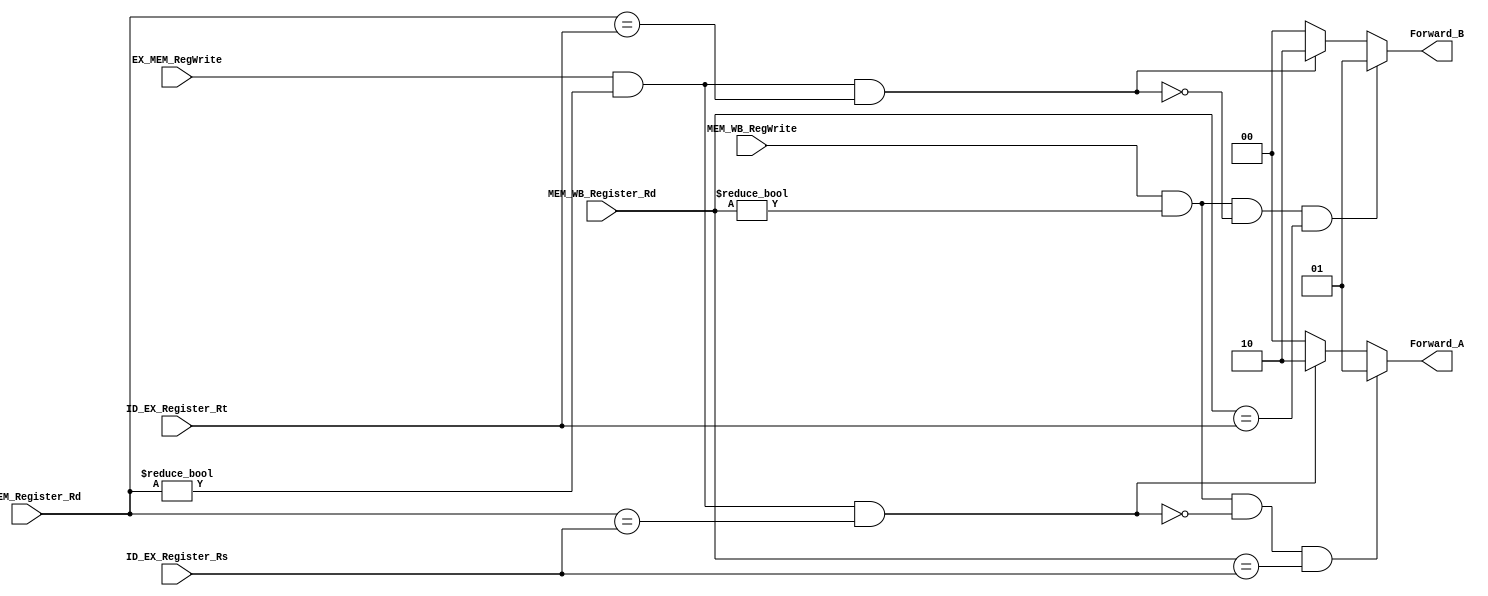
//Subject:		CO project 5 - Forwarding_Unit
//--------------------------------------------------------------------------------
//Version:		1
//--------------------------------------------------------------------------------
//Writer:		0210022 , 0210029 
//----------------------------------------------
//Date:
//----------------------------------------------
//Description:
//--------------------------------------------------------------------------------

module Forwarding_Unit(
    ID_EX_Register_Rs,
    ID_EX_Register_Rt,
    EX_MEM_Register_Rd,
    EX_MEM_RegWrite,
    MEM_WB_Register_Rd,
    MEM_WB_RegWrite,
    Forward_A,
    Forward_B
    );

//I/O ports
input	[5-1:0] ID_EX_Register_Rs;
input	[5-1:0] ID_EX_Register_Rt;
input	[5-1:0] EX_MEM_Register_Rd;
input	[5-1:0] MEM_WB_Register_Rd;
input 	EX_MEM_RegWrite;
input 	MEM_WB_RegWrite;
output	[2-1:0] Forward_A;
output	[2-1:0] Forward_B;

reg 	[2-1:0] Forward_A;
reg 	[2-1:0] Forward_B;

//Forwarding Conditions
always @ (*) begin
	if(MEM_WB_RegWrite & MEM_WB_Register_Rd!=0 & !(EX_MEM_RegWrite & EX_MEM_Register_Rd!=0 & EX_MEM_Register_Rd==ID_EX_Register_Rs) & MEM_WB_Register_Rd==ID_EX_Register_Rs) begin
		Forward_A = 2'b01;
	end
	else if(EX_MEM_RegWrite & EX_MEM_Register_Rd!=0 & EX_MEM_Register_Rd==ID_EX_Register_Rs) begin
		Forward_A = 2'b10;
	end
	else begin
		Forward_A = 2'b00;
	end

	if(MEM_WB_RegWrite & MEM_WB_Register_Rd!=0 & !(EX_MEM_RegWrite & EX_MEM_Register_Rd!=0 & EX_MEM_Register_Rd==ID_EX_Register_Rt)& MEM_WB_Register_Rd==ID_EX_Register_Rt) begin
		Forward_B = 2'b01;
	end
	else if(EX_MEM_RegWrite & EX_MEM_Register_Rd!=0 & EX_MEM_Register_Rd==ID_EX_Register_Rt) begin
		Forward_B = 2'b10;
	end
	else begin
		Forward_B = 2'b00;
	end
end

endmodule